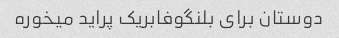
دوستان برای بلنگوفابریک پراید میخوره